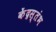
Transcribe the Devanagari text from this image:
केंद्रस्तंभ